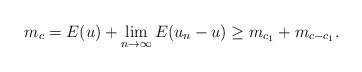
LaTeX: \begin{align*}m_c=E(u)+\lim_{n\to\infty}E(u_n-u)\geq m_{c_1}+m_{c-c_1}.\end{align*}